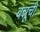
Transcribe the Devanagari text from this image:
बन्नूची